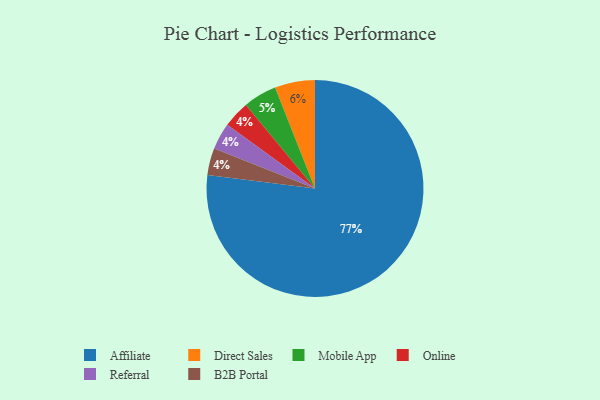
{"axis": {"x": "Category", "y": "Percentage"}, "legend": ["Affiliate", "B2B Portal", "Direct Sales", "Mobile App", "Online", "Referral"], "data": [{"x": "Direct Sales", "y": 6, "type": "Direct Sales"}, {"x": "Online", "y": 4, "type": "Online"}, {"x": "Referral", "y": 4, "type": "Referral"}, {"x": "B2B Portal", "y": 4, "type": "B2B Portal"}, {"x": "Affiliate", "y": 77, "type": "Affiliate"}, {"x": "Mobile App", "y": 5, "type": "Mobile App"}]}